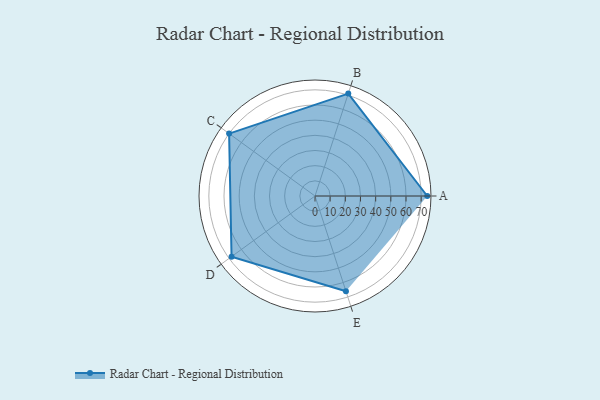
{"axis": {"x": "Skill", "y": "Score"}, "legend": ["Profile"], "data": [{"x": "A", "y": 74.0, "type": "Profile"}, {"x": "B", "y": 71.0, "type": "Profile"}, {"x": "C", "y": 70.0, "type": "Profile"}, {"x": "D", "y": 68.0, "type": "Profile"}, {"x": "E", "y": 66.0, "type": "Profile"}]}